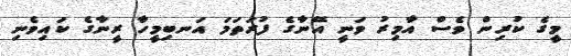
މީގެ ކުރިން ވެސް އާމިރު ވަނީ އޭނާގެ ފުރަތަމަ އަނބިމީހާ ރީނާގެ ކައިވެނި